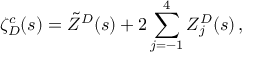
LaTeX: \zeta _ { D } ^ { c } ( s ) = \tilde { Z } ^ { D } ( s ) + 2 \sum _ { j = - 1 } ^ { 4 } Z _ { j } ^ { D } ( s ) \, { , }